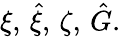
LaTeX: \xi,\, \hat{\xi},\, \zeta,\, \hat{G}.